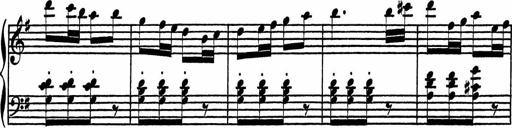
Title: 4 Piano Sonatinas
Composer: Adam Geibel